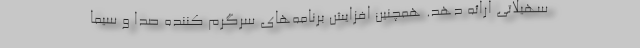
سهیلاتی ارائه دهد. همچنین افزایش برنامه‌های سرگرم کننده صدا و سیما